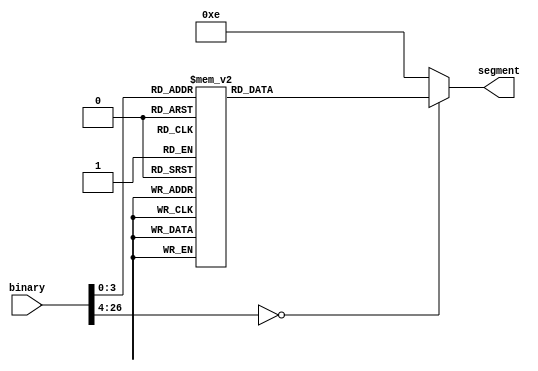
`timescale 1ns / 1ps
//////////////////////////////////////////////////////////////////////////////////
// Company: 
// Engineer: 
// 
// Design Name: 
// Module Name: seven_segment_decoder
// Project Name: 
// Target Devices: 
// Tool Versions: 
// Description: 
// 
// Dependencies: 
// 
// Revision:
// Revision 0.01 - File Created
// Additional Comments:
// 
//////////////////////////////////////////////////////////////////////////////////


module seven_segment_decoder(
    input [26:0] binary,
    output reg [6:0] segment
    );
    
 always @ (*) begin
        case(binary)
        0: segment <= 7'b1000000;
        1: segment <= 7'b1111001;
        2: segment <= 7'b0100100;
        3: segment <= 7'b0110000;
        4: segment <= 7'b0011001;
        5: segment <= 7'b0010010;
        6: segment <= 7'b0000010;
        7: segment <= 7'b1111000;
        8: segment <= 7'b0000000;
        9: segment <= 7'b0010000;
        default: segment <= 7'b0001110;
        endcase
    end   
endmodule